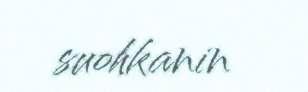
suohkanin